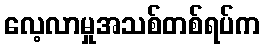
လေ့လာမှုအသစ်တစ်ရပ်က